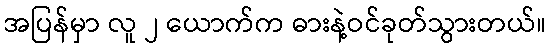
အပြန်မှာ လူ ၂ ယောက်က ဓားနဲ့ဝင်ခုတ်သွားတယ်။